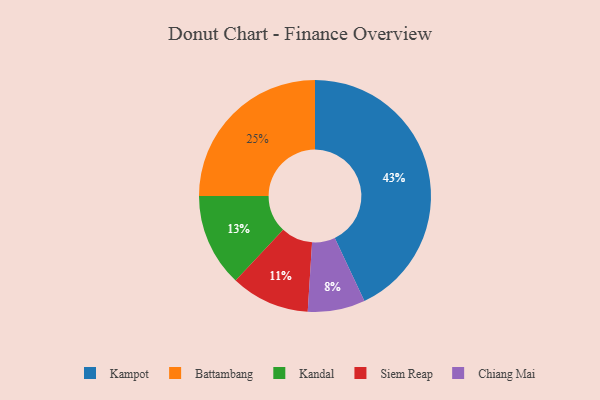
{"axis": {"x": "Category", "y": "Percentage"}, "legend": ["Battambang", "Chiang Mai", "Kampot", "Kandal", "Siem Reap"], "data": [{"x": "Kampot", "y": 43, "type": "Kampot"}, {"x": "Chiang Mai", "y": 8, "type": "Chiang Mai"}, {"x": "Battambang", "y": 25, "type": "Battambang"}, {"x": "Siem Reap", "y": 11, "type": "Siem Reap"}, {"x": "Kandal", "y": 13, "type": "Kandal"}]}